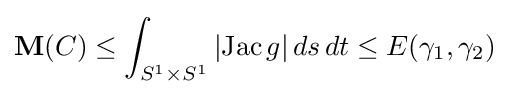
{\mathbf {M} }(C)\leq \int _{S^{1}\times S^{1}}|{\rm {Jac\,}}g|\,ds\,dt\leq E(\gamma _{1},\gamma _{2})